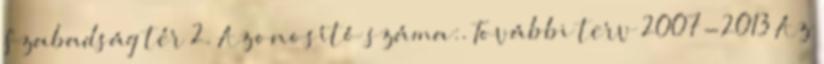
Szabadság tér 2. Azonosító száma:. További terv 2007-2013 Az